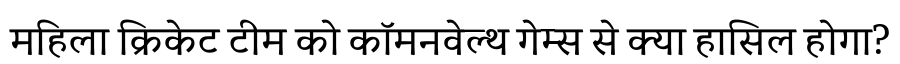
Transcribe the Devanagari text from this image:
महिला क्रिकेट टीम को कॉमनवेल्थ गेम्स से क्या हासिल होगा?